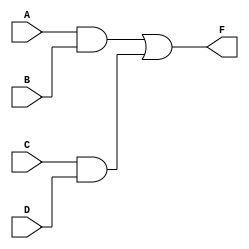
module structural (
  input A, B, C, D,
  output F
);

  wire w0, w1;

  and U0 ( w0, A, B );
  and U1 ( w1, C, D );
  or U2 ( F, w0, w1 );

endmodule

module dataflow (
  input A, B, C, D,
  output F
);

  assign F = ( A & B ) | ( C & D );

endmodule

module procedural (
  input A, B, C, D,
  output reg F
);

  reg ab, cd;

  always @( A, B, C, D ) begin
    ab = A & B;
    cd = C & D;
    F = ab | cd;
  end

endmodule

module proc_err (
  input A, B, C, D,
  output reg F
);

  reg ab, cd;

  always @( A, C, D ) begin
    ab = A & B;
    cd = C & D;
    F = ab | cd;
  end

endmodule

module comparison_tb;

  integer i;
  wire f_str, f_dfl, f_proc, f_err;
  reg a, b, c, d;

  structural dut_str ( a, b, c, d, f_str );
  dataflow dut_dfl ( a, b, c, d, f_dfl );
  procedural dut_proc ( a, b, c, d, f_proc );
  proc_err dut_err ( a, b, c, d, f_err );

  initial begin
        { a, b, c, d } = 4'b0001;
    #10 { a, b, c, d } = 4'b0011;
    #10 { a, b, c, d } = 4'b1011;
    #10 { a, b, c, d } = 4'b1001;
    #10 { a, b, c, d } = 4'b1101;
    #10 { a, b, c, d } = 4'b0101;
    #10 { a, b, c, d } = 4'b0100;
    #10 { a, b, c, d } = 4'b0110;
    #10 { a, b, c, d } = 4'b0100;
    #10 { a, b, c, d } = 4'b0101;
    #10 { a, b, c, d } = 4'b1101;
    #10 { a, b, c, d } = 4'b1001;
    #10 { a, b, c, d } = 4'b1010;
    #10 { a, b, c, d } = 4'b0010;
    #10 { a, b, c, d } = 4'b0001;
    #10 $stop();
  end

endmodule